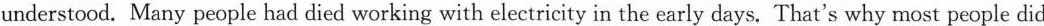
understood. Many people had died working with electricity in the early days. That's why most people did